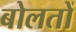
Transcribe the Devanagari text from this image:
बोलतों